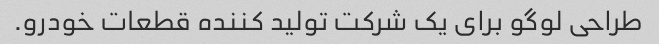
طراحی لوگو برای یک شرکت تولید کننده قطعات خودرو.